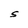
Character: S